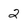
Character: 2